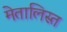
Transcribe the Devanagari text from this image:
मेतालिस्त